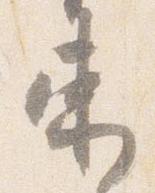
束